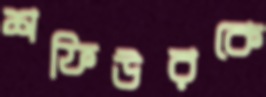
শফিউরকে